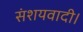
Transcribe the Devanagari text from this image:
संशयवादी।